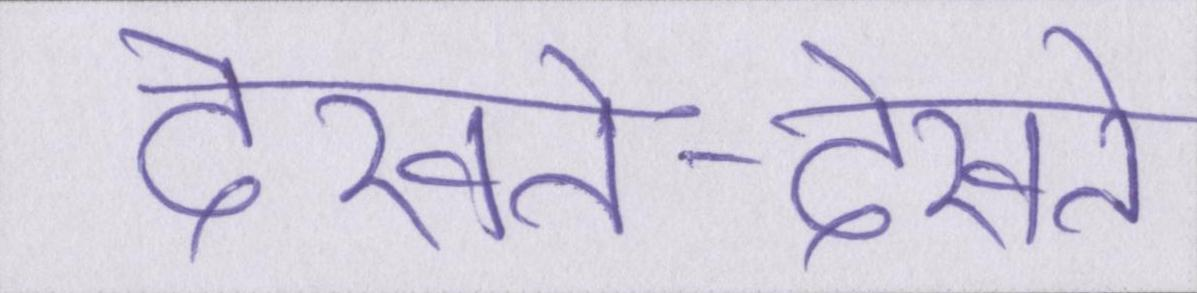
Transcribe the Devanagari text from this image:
देखते-देखते